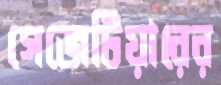
গেজেটিয়ারের